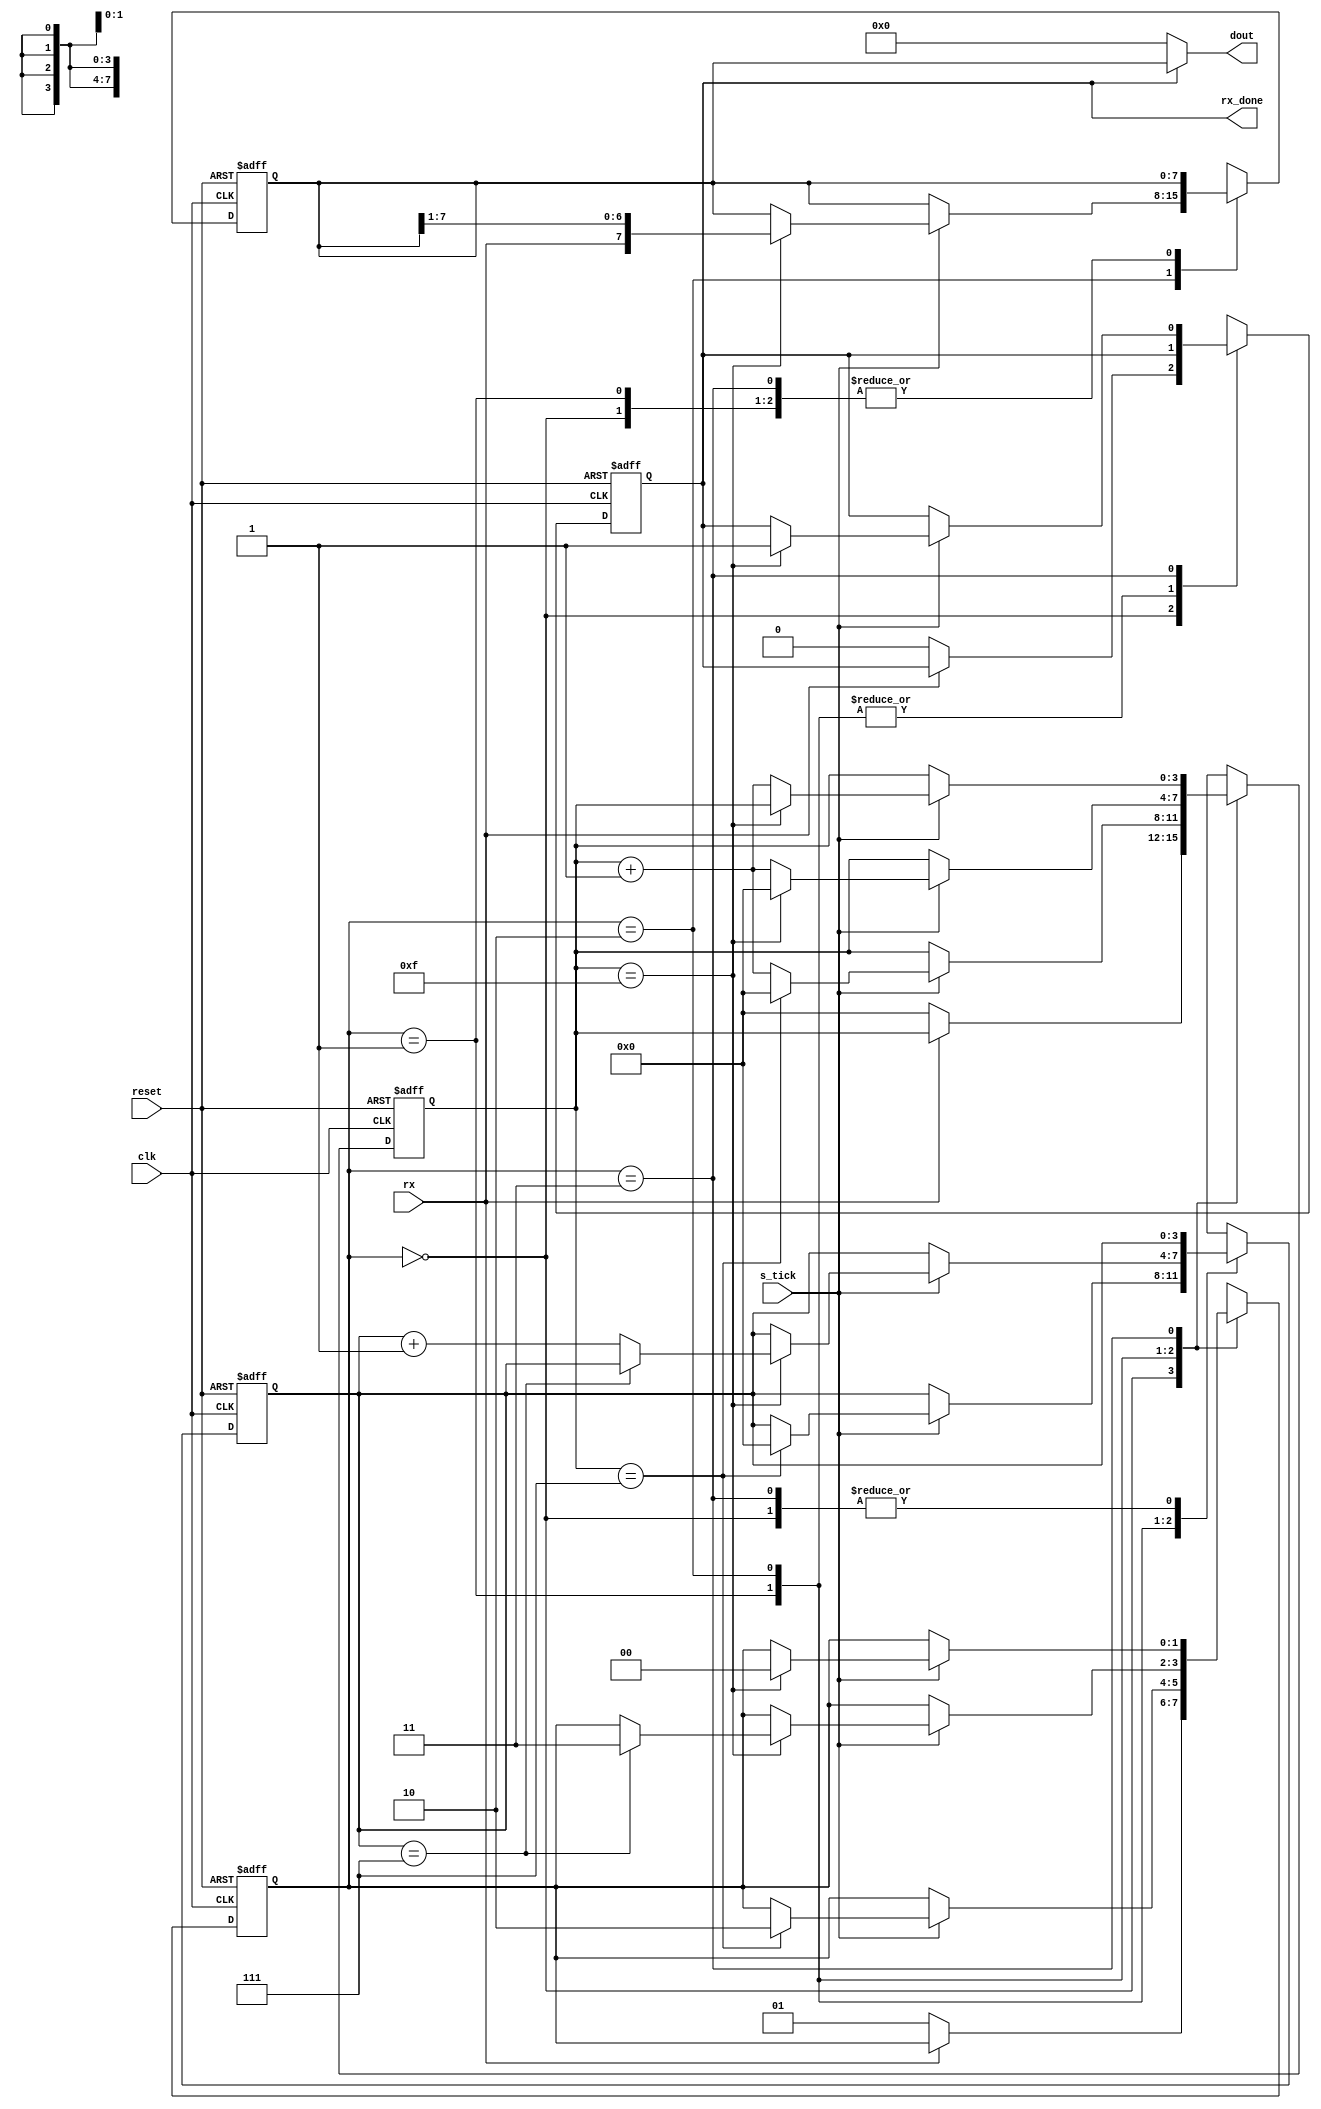
`timescale 1ns / 1ps
//////////////////////////////////////////////////////////////////////////////////
// Module Name: uart_rx
//////////////////////////////////////////////////////////////////////////////////


module uart_rx #(parameter DATA_WIDTH = 8,SB_TICK = 16)(
    input wire clk,reset,
    input wire rx,s_tick,
    output wire [DATA_WIDTH-1:0]dout,
    output reg rx_done
    );
        
    localparam [1:0]
        idle = 2'b00,
        start = 2'b01,
        data = 2'b10,
        stop = 2'b11;
    
    reg [1:0]state,state_next;
    reg [3:0]s,s_next;
    reg [3:0]n,n_next;    
    reg [DATA_WIDTH-1:0]rx_reg,rx_next;
    reg rx_done_next;
    
    always@(posedge clk,posedge reset)
    if(reset)begin
        state <= 0;
        s <= 0;
        n <= 0;
        rx_reg <= 0;
        rx_done <= 0;
    end
    else begin
        state <= state_next;
        s <= s_next;
        n <= n_next;
        rx_reg <= rx_next;
        rx_done <= rx_done_next;
    end
    
    always@(state or s_tick or rx)begin
        state_next = state;
        s_next = s;
        n_next = n;
        rx_next = rx_reg;
        rx_done_next = rx_done;
        case(state)
            idle:begin
                if(~rx)begin
                    state_next = start;
                    s_next = 0;  
                    rx_done_next = 0;                
                end
            end
            
            start:begin
                if(s_tick)begin
                    s_next = s + 1'b1;
                    if(s == 4'd7)begin
                        state_next = data;
                        s_next = 0;
                        n_next = 0;
                    end
                end
            end
            
            data:begin
                if(s_tick)
                    if(s == 4'd15)begin
                        rx_next = {rx,rx_reg[7:1]};
                        s_next = 0;
                        if(n == DATA_WIDTH-1)
                            state_next = stop;
                        else
                            n_next = n + 1'b1;
                    end
                    else
                        s_next = s + 1;
            end
            
            stop:begin
                if(s_tick)
                    if(s == SB_TICK-1)begin
                        state_next = idle;
                        rx_done_next = 1'b1;
                    end
                    else
                        s_next = s + 1'b1;
            end
        
        endcase
    
    end
    
    assign dout = rx_done ? rx_reg : 8'b0;    
    
endmodule